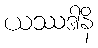
ယဿဒါနိ